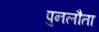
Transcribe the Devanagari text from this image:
पुनलौता